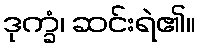
ဒုက္ခံ၊ ဆင်းရဲ၏။